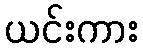
ယင်းကား